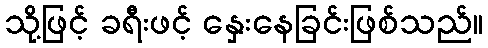
သို့ဖြင့် ခရီးဖင့် နှေးနေခြင်းဖြစ်သည်။